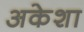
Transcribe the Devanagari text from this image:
अकेशा